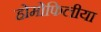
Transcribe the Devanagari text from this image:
होमोफिलीया